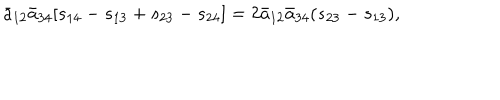
LaTeX: { \bar { a } } _ { 1 2 } { \bar { a } } _ { 3 4 } [ s _ { 1 4 } - s _ { 1 3 } + s _ { 2 3 } - s _ { 2 4 } ] = 2 { \bar { a } } _ { 1 2 } { \bar { a } } _ { 3 4 } ( s _ { 2 3 } - s _ { 1 3 } ) ,